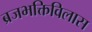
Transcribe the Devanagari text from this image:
ब्रजभक्तिविलास